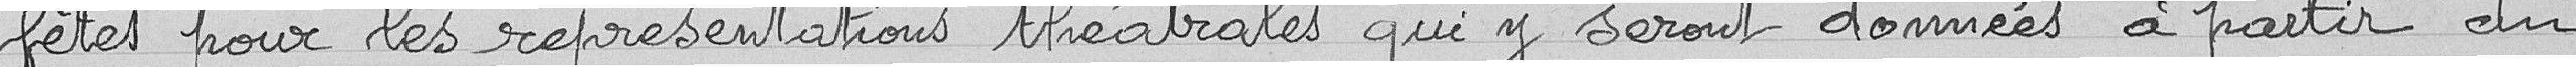
fêtes pour les représentations théâtrales qui y seront données à partir du